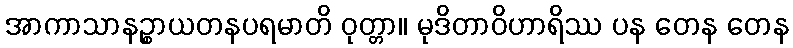
အာကာသာနဉ္စာယတနပရမာတိ ဝုတ္တာ။ မုဒိတာဝိဟာရိဿ ပန တေန တေန